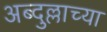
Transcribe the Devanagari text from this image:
अब्दुल्लाच्या